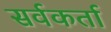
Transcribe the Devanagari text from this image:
सर्वकर्ता